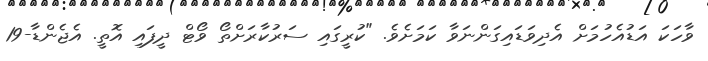
ވާހަކަ އަޑުއެހުމަށް އެދިވަޑައިގަންނަވާ ކަމަށެވެ. "ކުރީގައި ސަރުކާރަށްތޯ ވޯޓް ދީފައި އޮތީ. އެޖެންޑާ-19